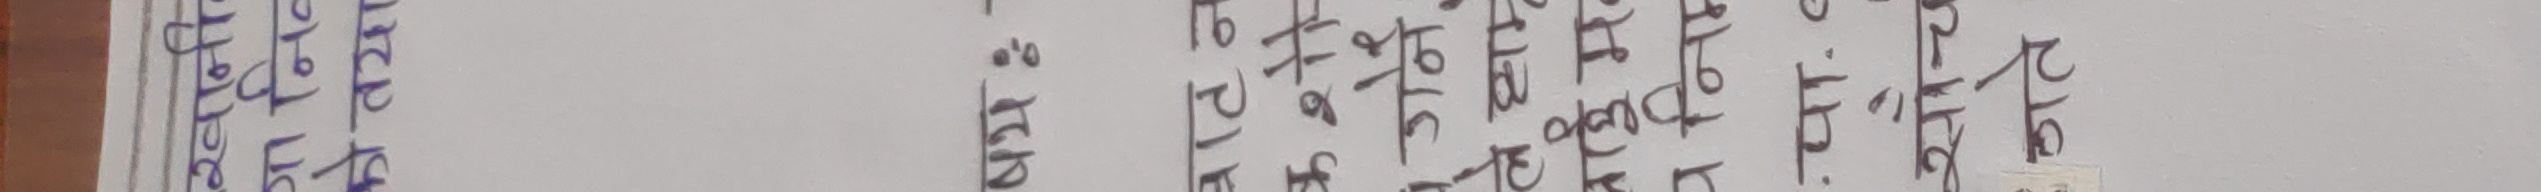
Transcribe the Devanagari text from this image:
हामी के गर्दै थियौँ